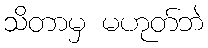
သိတာမှ မဟုတ်ဘဲ